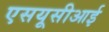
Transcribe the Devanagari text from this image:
एसयूसीआई